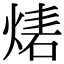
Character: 𤊴